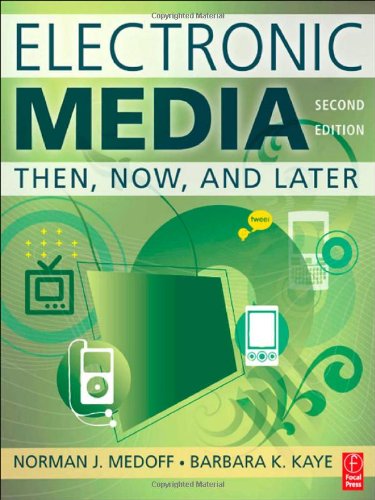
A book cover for Electronic Media: Then, Now, and Later; Norman J. Medoff; Computers & Technology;